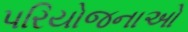
પરિયોજનાઓ